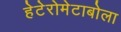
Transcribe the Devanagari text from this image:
हेटेरोमेटाबोला